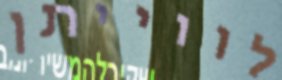
לווייתן